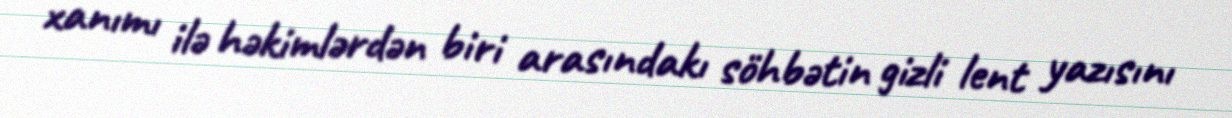
xanımı ilə həkimlərdən biri arasındakı söhbətin gizli lent yazısını